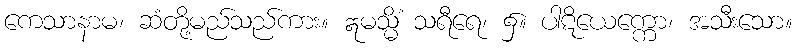
ကေသာနာမ၊ ဆံတို့မည်သည်ကား။ ဣမသ္မိံ သရီရေ၊ ၌။ ပါဋိယေက္ကော၊ အသီးသော။